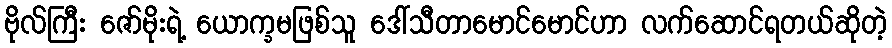
ဗိုလ်ကြီး ဇော်မိုးရဲ့ ယောက္ခမဖြစ်သူ ဒေါ်သီတာမောင်မောင်ဟာ လက်ဆောင်ရတယ်ဆိုတဲ့